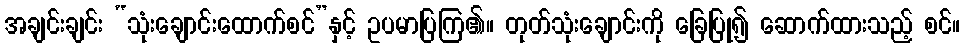
အချင်းချင်း “သုံးချောင်းထောက်စင်”နှင့် ဥပမာပြကြ၏။ တုတ်သုံးချောင်းကို ခြေပြု၍ ဆောက်ထားသည့် စင်။